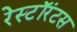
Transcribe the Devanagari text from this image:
रेस्टॉरंटस